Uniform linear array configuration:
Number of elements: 16
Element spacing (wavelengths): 0.75
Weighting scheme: hamming
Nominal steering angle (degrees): -60
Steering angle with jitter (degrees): -58.7
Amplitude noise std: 0.05
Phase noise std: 0.05

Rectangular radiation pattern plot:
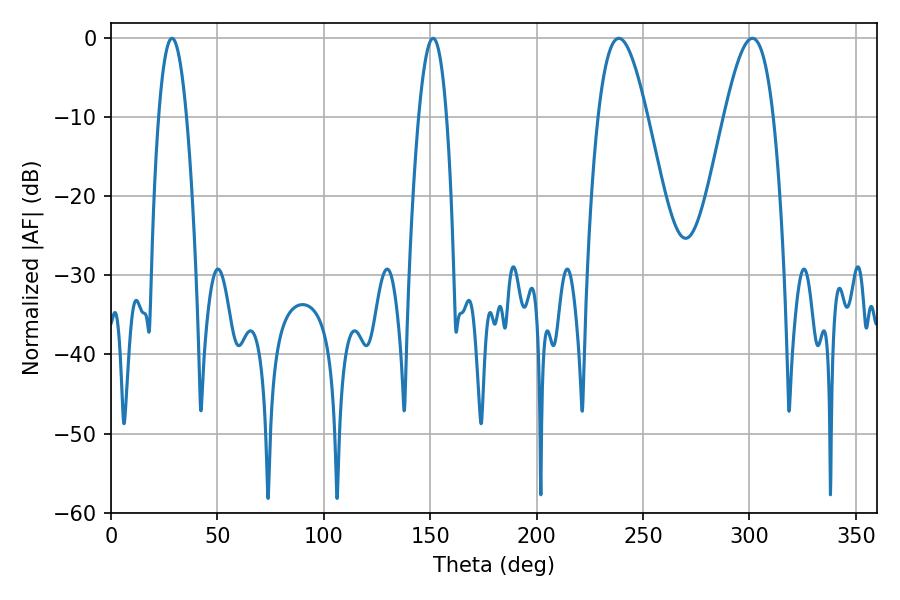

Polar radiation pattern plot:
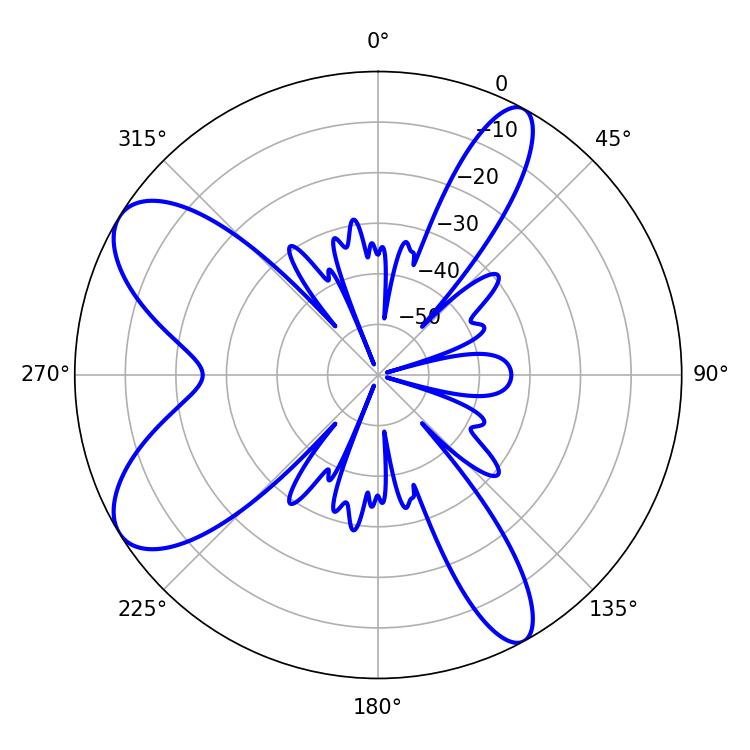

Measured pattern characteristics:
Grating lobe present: TRUE
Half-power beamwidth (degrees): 12.42
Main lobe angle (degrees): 238.68